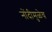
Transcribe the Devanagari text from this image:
नोंदीमुळेच